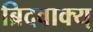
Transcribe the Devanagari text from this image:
ब्रिदवाक्य्